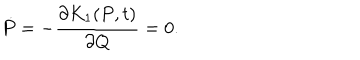
\dot { P } = - \frac { \partial K _ { 1 } ( P , t ) } { \partial Q } = 0 .